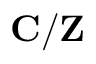
\mathbf { C } / \mathbf { Z }